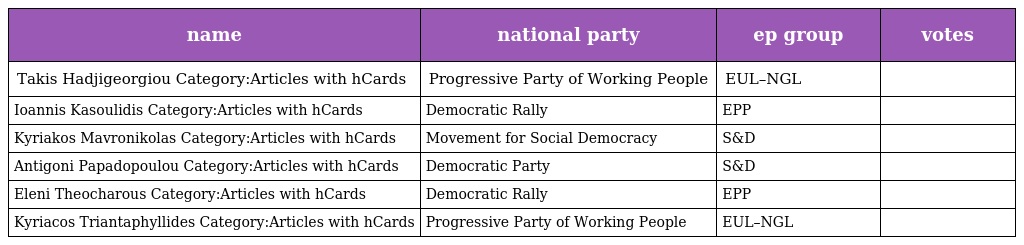
| name | national party | ep group | votes |
 | --- | --- | --- | --- |
 | Takis Hadjigeorgiou Category:Articles with hCards | Progressive Party of Working People | EUL–NGL |  |
 | Ioannis Kasoulidis Category:Articles with hCards | Democratic Rally | EPP |  |
 | Kyriakos Mavronikolas Category:Articles with hCards | Movement for Social Democracy | S&D |  |
 | Antigoni Papadopoulou Category:Articles with hCards | Democratic Party | S&D |  |
 | Eleni Theocharous Category:Articles with hCards | Democratic Rally | EPP |  |
 | Kyriacos Triantaphyllides Category:Articles with hCards | Progressive Party of Working People | EUL–NGL |  |